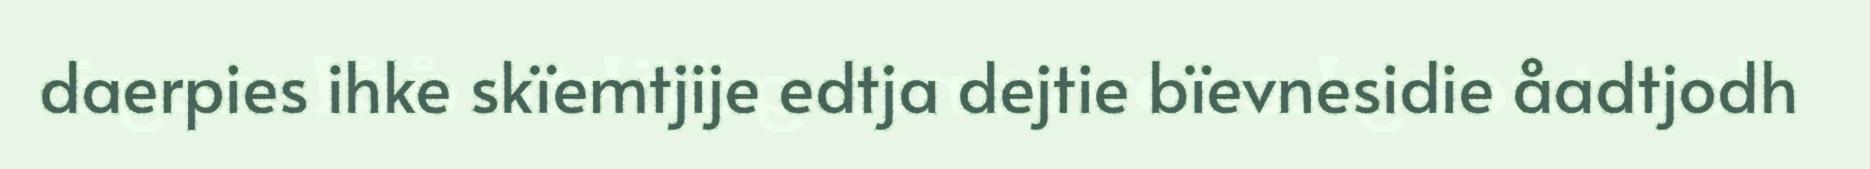
daerpies ihke skïemtjije edtja dejtie bïevnesidie åadtjodh